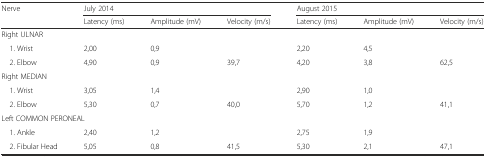
<table><thead><tr><td rowspan="2"><b>Nerve</b></td><td colspan="3"><b>July 2014</b></td><td colspan="3"><b>August 2015</b></td></tr><tr><td><b>Latency (ms)</b></td><td><b>Amplitude (mV)</b></td><td><b>Velocity (m/s)</b></td><td><b>Latency (ms)</b></td><td><b>Amplitude (mV)</b></td><td><b>Velocity (m/s)</b></td></tr></thead><tbody><tr><td colspan="7">Right ULNAR</td></tr><tr><td> 1. Wrist</td><td>2,00</td><td>0,9</td><td></td><td>2,20</td><td>4,5</td><td></td></tr><tr><td> 2. Elbow</td><td>4,90</td><td>0,9</td><td>39,7</td><td>4,20</td><td>3,8</td><td>62,5</td></tr><tr><td colspan="7">Right MEDIAN</td></tr><tr><td> 1. Wrist</td><td>3,05</td><td>1,4</td><td></td><td>2,90</td><td>1,0</td><td></td></tr><tr><td> 2. Elbow</td><td>5,30</td><td>0,7</td><td>40,0</td><td>5,70</td><td>1,2</td><td>41,1</td></tr><tr><td colspan="7">Left COMMON PERONEAL</td></tr><tr><td> 1. Ankle</td><td>2,40</td><td>1,2</td><td></td><td>2,75</td><td>1,9</td><td></td></tr><tr><td> 2. Fibular Head</td><td>5,05</td><td>0,8</td><td>41,5</td><td>5,30</td><td>2,1</td><td>47,1</td></tr></tbody></table>